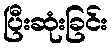
ပြီးဆုံးခြင်း